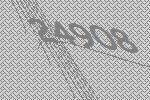
24908